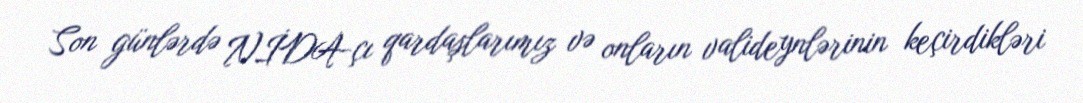
Son günlərdə NİDA-çı qardaşlarımız və onların valideynlərinin keçirdikləri